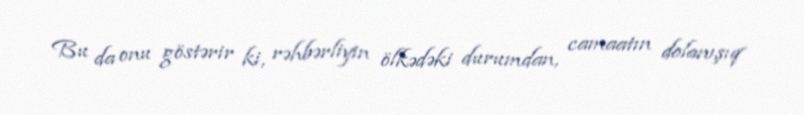
Bu da onu göstərir ki, rəhbərliyin ölkədəki durumdan, camaatın dolanışıq